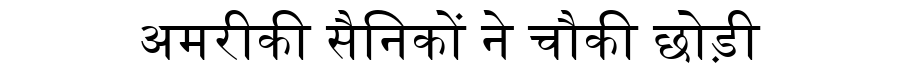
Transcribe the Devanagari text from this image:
अमरीकी सैनिकों ने चौकी छोड़ी